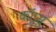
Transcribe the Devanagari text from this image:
कॉप्रुसु